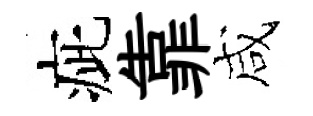
疵靠咸